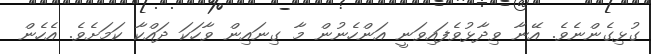
ގުޅިގެންނެވެ. އޭނާ ވިދާޅުވެފައިވަނީ އަންހެނުން މާ ގިނައިން ވާހަކަ ދައްކާ ކަމަށެވެ. އެހެން